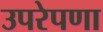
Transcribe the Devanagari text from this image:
उपरेपणा